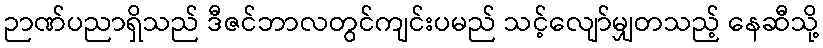
ဉာဏ်ပညာရှိသည် ဒီဇင်ဘာလတွင်ကျင်းပမည် သင့်လျော်မျှတသည့် နေဆီသို့